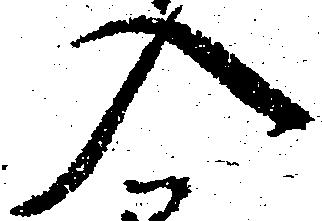
入